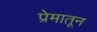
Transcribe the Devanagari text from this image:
प्रेमातून